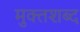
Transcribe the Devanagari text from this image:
मुक्तशब्द